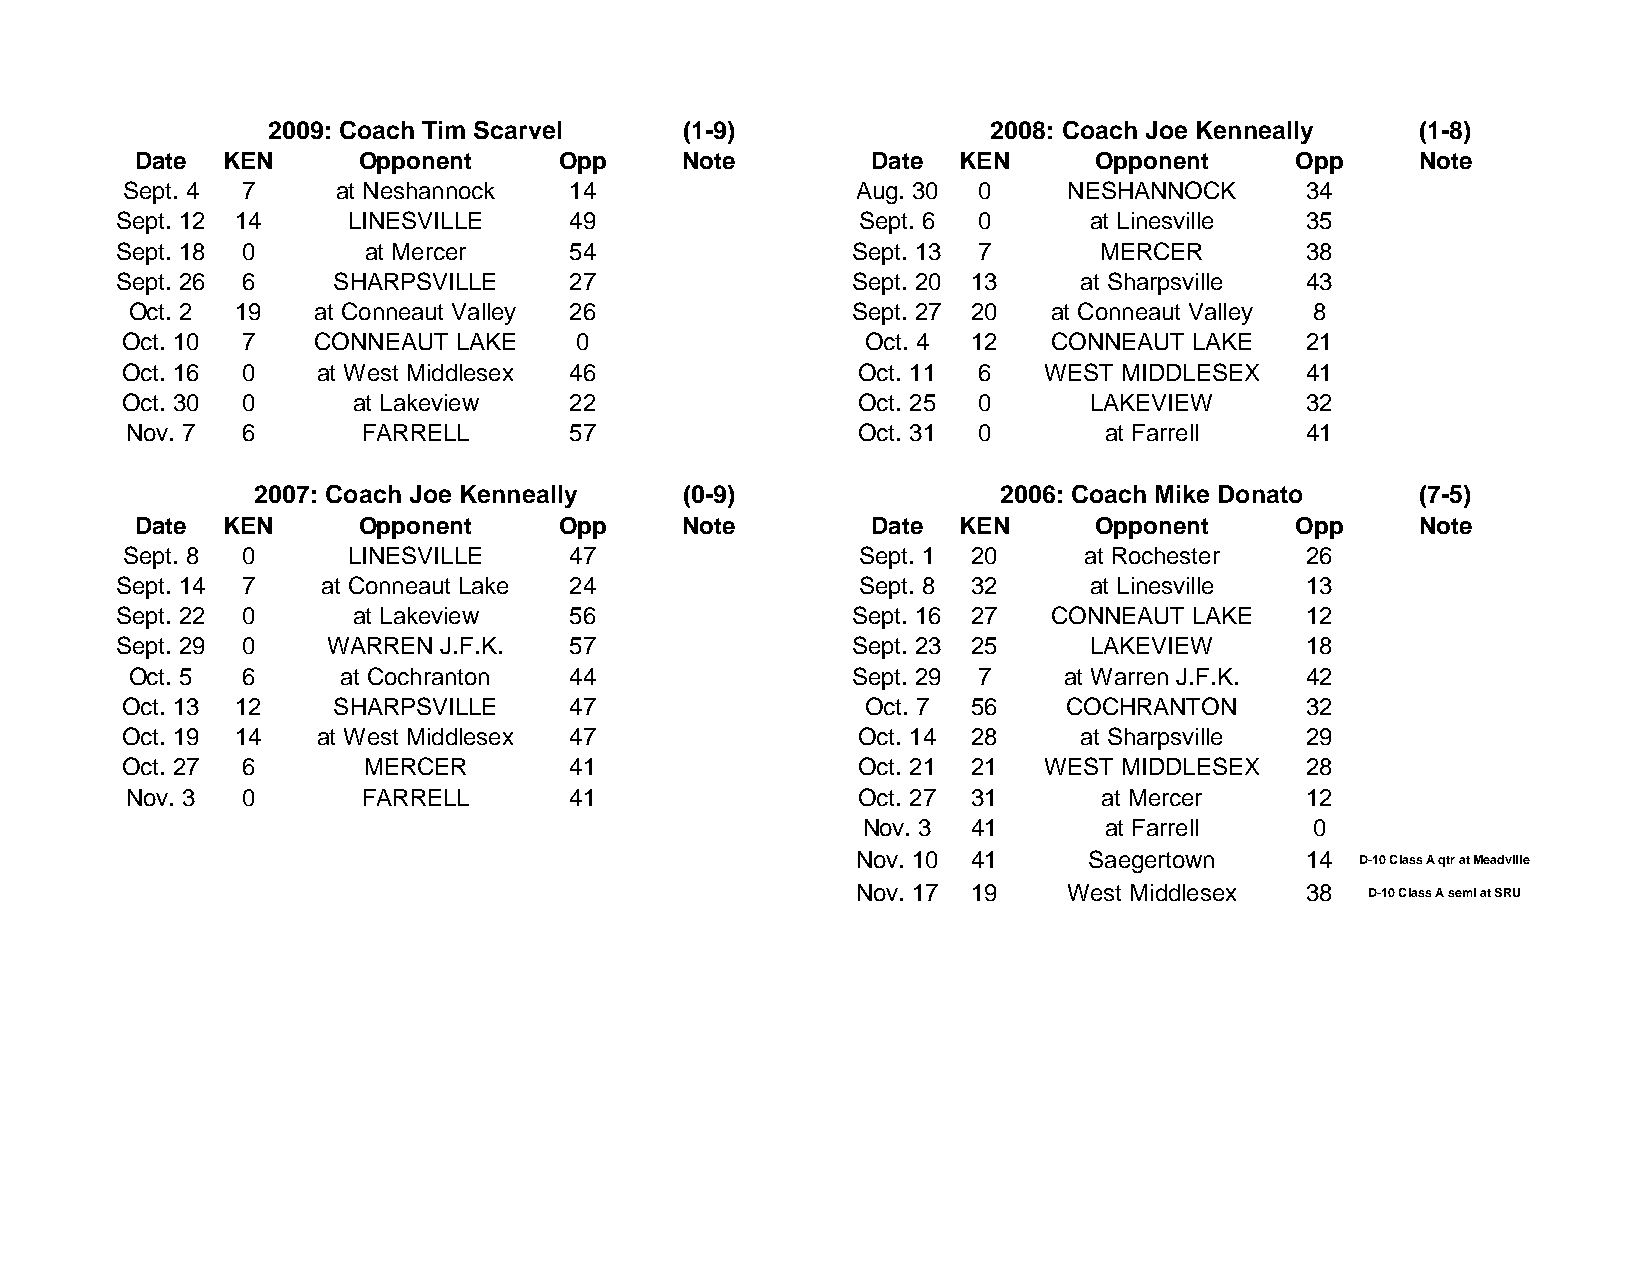
2009: Coach Tim Scarvel    (1-9)                2008: Coach Joe Kenneally   (1-8)
 Date  KEN      Opponent     Opp     Note         Date KEN      Opponent      Opp     Note
 Sept. 4 7     at Neshannock   14                 Aug. 30 0     NESHANNOCK     34
 Sept. 12 14    LINESVILLE     49                 Sept. 6 0      at Linesville 35
 Sept. 18 0      at Mercer     54                Sept. 13 7       MERCER       38
 Sept. 26 6    SHARPSVILLE     27                Sept. 20 13    at Sharpsville 43
 Oct. 2 19   at Conneaut Valley 26              Sept. 27 20   at Conneaut Valley 8
 Oct. 10 7    CONNEAUT LAKE    0                  Oct. 4 12    CONNEAUT LAKE   21
 Oct. 16 0    at West Middlesex 46                Oct. 11 6   WEST MIDDLESEX   41
 Oct. 30 0      at Lakeview    22                 Oct. 25 0      LAKEVIEW      32
 Nov. 7  6       FARRELL       57                 Oct. 31 0       at Farrell   41
 2007: Coach Joe Kenneally   (0-9)                2006: Coach Mike Donato     (7-5)
 Date  KEN      Opponent     Opp     Note         Date KEN      Opponent      Opp     Note
 Sept. 8 0      LINESVILLE     47                 Sept. 1 20     at Rochester  26
 Sept. 14 7   at Conneaut Lake 24                 Sept. 8 32     at Linesville 13
 Sept. 22 0     at Lakeview    56                Sept. 16 27   CONNEAUT LAKE   12
 Sept. 29 0    WARREN J.F.K.   57                Sept. 23 25     LAKEVIEW      18
 Oct. 5 6      at Cochranton  44                Sept. 29 7    at Warren J.F.K. 42
 Oct. 13 12    SHARPSVILLE     47                 Oct. 7 56     COCHRANTON     32
 Oct. 19 14   at West Middlesex 47                Oct. 14 28    at Sharpsville 29
 Oct. 27 6       MERCER        41                 Oct. 21 21  WEST MIDDLESEX   28
 Nov. 3  0       FARRELL       41                 Oct. 27 31      at Mercer    12
 Nov. 3 41       at Farrell    0
 Nov. 10 41     Saegertown    14  D-10 Class A qtr at Meadville
 Nov. 17 19    West Middlesex 38   D-10 Class A semi at SRU